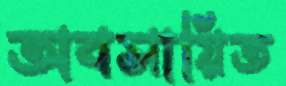
অবসায়িত